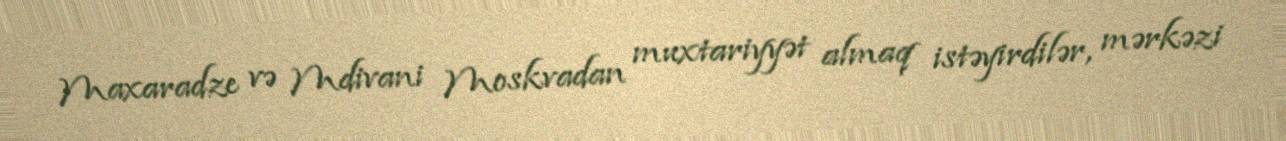
Maxaradze və Mdivani Moskvadan muxtariyyət almaq istəyirdilər, mərkəzi